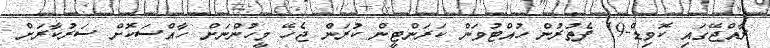
ރާއްޖޭގައި ކޮވިޑް-19 ފެތުރުން ހުއްޓުވަން ކަރަންޓީން ކުރަން ޖެހޭ މީހުންނަށް ހާއްސަކޮށް ސަރުކާރަށް